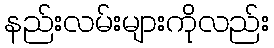
နည်းလမ်းများကိုလည်း